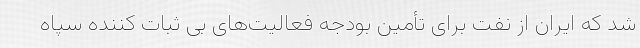
شد که ایران از نفت برای تأمین بودجه فعالیت‌های بی ثبات کننده سپاه